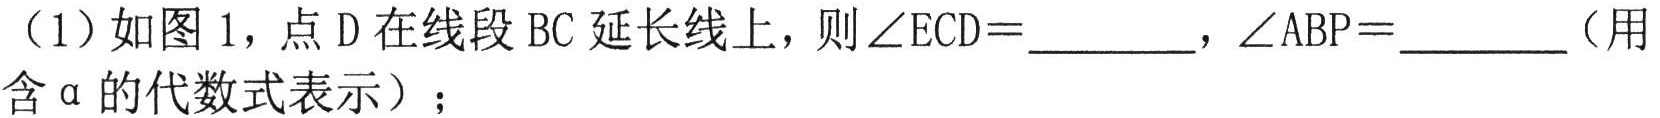
（1）如图1，点D在线段BC延长线上，则$\angle ECD =$  ，$\angle ABP =$ （用
含$\alpha$的代数式表示）；